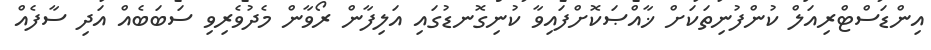
އިންޑަސްޓްރިއަލް ކުންފުނިތަކަށް ޚާއްޞަކޮށްފައިވާ ކުނިގޮނޑުގައި އަލިފާން ރޯވާން މެދުވެރިވި ސަބަބެއް އަދި ސާފެއް